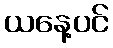
ယနေ့ပင်